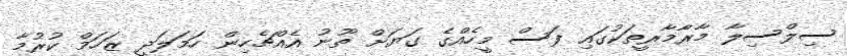
ސިލްސިލާ މާރާމާރީތަކުގައި ފަސް މީހެއްގެ ގަޔަށް ތޫނު އެއްޗެހިން ހަމަލަދީ ޒަހަމް ކުރުމާ